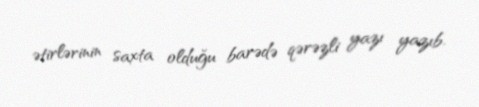
ətirlərinin saxta olduğu barədə qərəzli yazı yazıb.